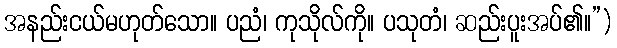
အနည်းငယ်မဟုတ်သော။ ပညံ၊ ကုသိုလ်ကို။ ပသုတံ၊ ဆည်းပူးအပ်၏။”)